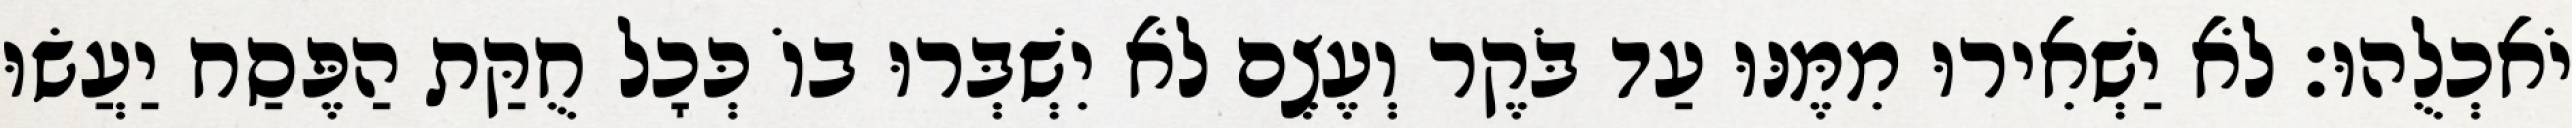
יֹאכְלֻהוּ׃ לֹא יַשְׁאִירוּ מִמֶּנּוּ עַד בֹּקֶר וְעֶצֶם לֹא יִשְׁבְּרוּ בוֹ כְּכָל חֻקַּת הַפֶּסַח יַעֲשׂוּ